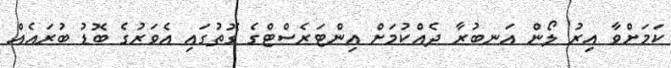
ކަމަށްވާ އިރު ލޯން އަނބުރާ ދެއްކުމަށް އިންޓަރެސްޓްގެ ގޮތުގައި އެވަރުގެ ބޮޑު ބުރައެއް